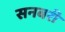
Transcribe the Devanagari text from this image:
सनबरी